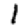
Digit: 1